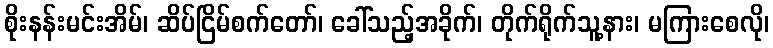
စိုးနန်းမင်းအိမ်၊ ဆိပ်ငြိမ်စက်တော်၊ ခေါ်သည့်အခိုက်၊ တိုက်ရိုက်သူ့နား၊ မကြားစေလို၊